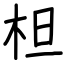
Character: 柦